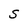
Character: S